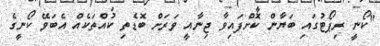
"ކޯނީ ރިޕޯޓުގައި ބަޔާން ކޮށްފައިވާ ޖިނާއީ ވަރަށް ބޮޑެތި ކުއްތަކެއް އެބަވޭ ކޯނީގެ